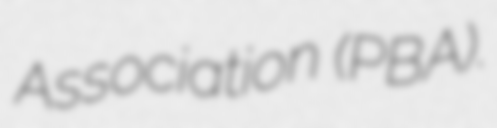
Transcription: Association (PBA).